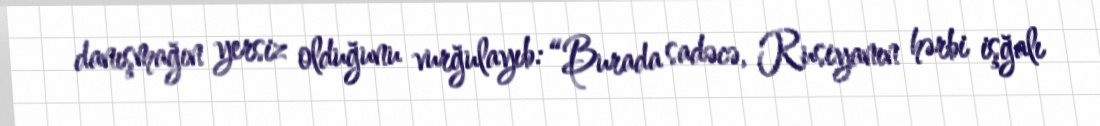
danışmağın yersiz olduğunu vurğulayıb: “Burada sadəcə, Rusiyanın hərbi işğalı